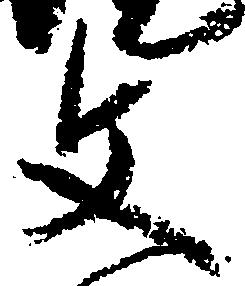
文